Civil Veterinary Department. Central Provinces & Berar 1925-31 - 1925-1931
Year: 1925
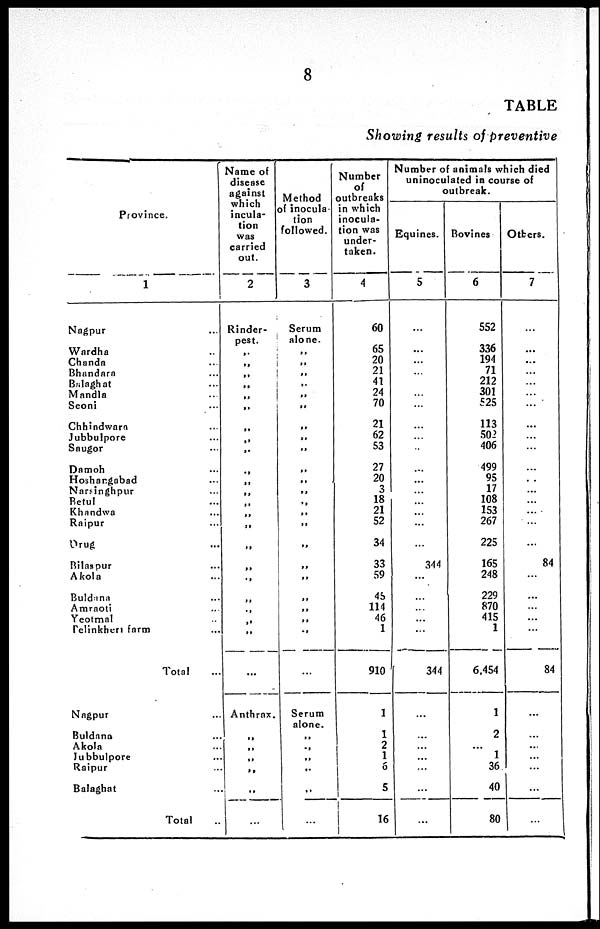
8
TABLE
Showing results of preventive
Province.
1
Nagpur …
Wardha …
Chanda …
Bhandara …
Balaghat …
Mandla …
Seoni …
Chhindwara …
Jubbulpore …
Saugor …
Damoh …
Hoshargabad …
Narsinghpur …
Betul …
Khandwa …
Raipur …
Drug …
Bilaspur …
Akola …
Buldana …
Amraoti …
Yeotmal …
Telinkheri farm …
Total ...
Nagpur …
Buldana …
Akola …
Jubbulpore …
Raipur …
Balaghat …
Total ...
Name of
disease
against
which
incula-
tion
was
carried
out.
2
Rinder-
pest.
„
„
„
„
„
„
„
„
„
„
„
„
„
„
„
„
„
„
„
„
„
„
...
Anthrax.
„
„
„
„
„
...
Method
of inocula-
tion
followed.
3
Serum
alone.
„
„
„
„
„
„
„
„
„
„
„
„
„
„
„
„
„
„
„
„
„
„
„
Serum
alone.
„
„
„
„
„
...
Number
of
outbreaks
in which
inocula-
tion was
under-
taken.
4
60
65
20
21
41
24
70
21
62
53
27
20
3
18
21
52
34
33
59
45
114
46
1
910
1
1
2
1
6
5
16
Number of animals which died
uninoculated in course of
outbreak.
Equines.
5
...
...
...
...
...
...
...
...
...
...
...
...
...
...
...
...
...
344
...
...
...
...
...
344
...
...
...
...
...
...
...
Bovines
6
552
336
194
71
212
301
525
113
502
406
499
95
17
108
153
267
225
165
248
229
870
415
1
6.454
1
2
...
1
36
40
80
Others.
7
...
...
...
...
...
...
...
...
...
...
...
...
...
...
...
...
...
84
...
...
...
...
...
84
...
...
...
...
...
...
...